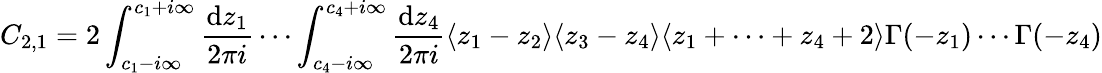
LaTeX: C_{2,1}=2\int_{c_{1}-i\infty}^{c_{1}+i\infty}\frac{\mathrm{d}z_{1}}{2\pi i}\cdots\int_{c_{4}-i\infty}^{c_{4}+i\infty}\frac{\mathrm{d}z_{4}}{2\pi i}\langle z_{1}-z_{2}\rangle\langle z_{3}-z_{4}\rangle\langle z_{1}+\cdots+z_{4}+2\rangle\Gamma(-z_{1})\cdots\Gamma(-z_{4})